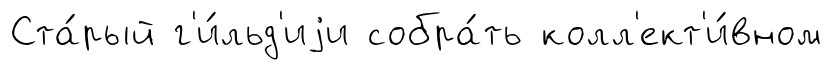
Ста́рый г'и́льд'иjи собра́ть колл'ект'и́вном